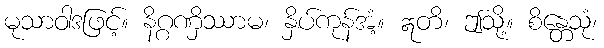
မုသာဝါဒဖြင့်။ နိဂ္ဂဏှိဿာမ၊ နှိပ်ကုန်အံ့။ ဣတိ၊ ဤသို့။ စိန္တေသုံ၊